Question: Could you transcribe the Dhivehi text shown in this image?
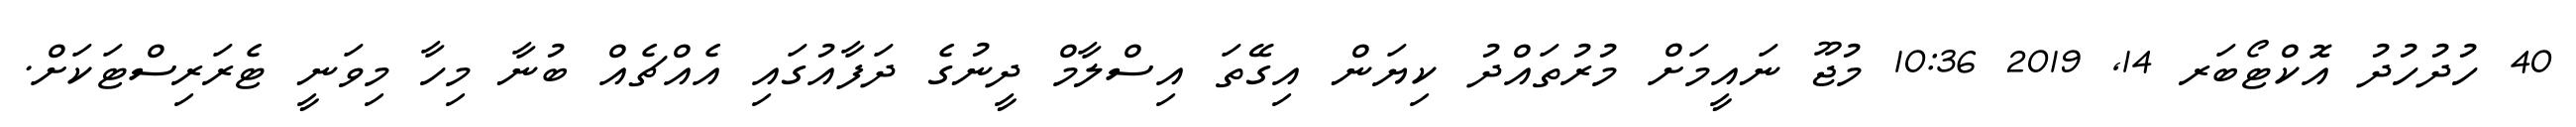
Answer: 40 ހުދުހުދު އޮކްޓޯބަރ 14, 2019 10:36 މުޖޫ ނައީމަށް މުރުތައްދު ކިޔަން އިގޭތަ އިސްލާމް ދީނުގެ ދަފާއުގައި އެއްޗެއް ބުނާ މިހާ މިވަނީ ޓެރަރިސްޓަކަށް.